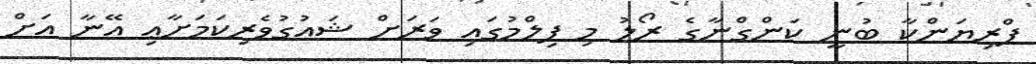
ޕްރިޔަންކާ ބުނީ ކަންގްނާގެ ރޯލު މި ފިލްމުގައި ވަރަށް ޝައުގުވެރިކަމަށާޢި އޭނާ އަށް